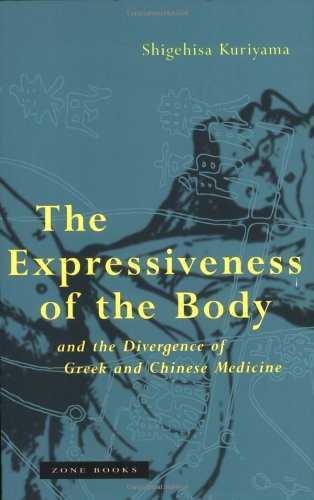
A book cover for The Expressiveness of the Body and the Divergence of Greek and Chinese Medicine; Shigehisa Kuriyama; Health, Fitness & Dieting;